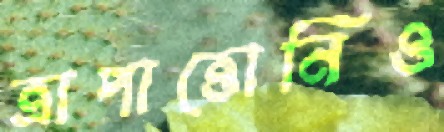
ত্রাপাত্তোনিও